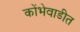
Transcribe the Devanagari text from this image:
कोंभेवाडीत